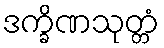
ဒက္ခိဏသုတ္တံ